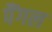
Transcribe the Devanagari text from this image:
पैंगल